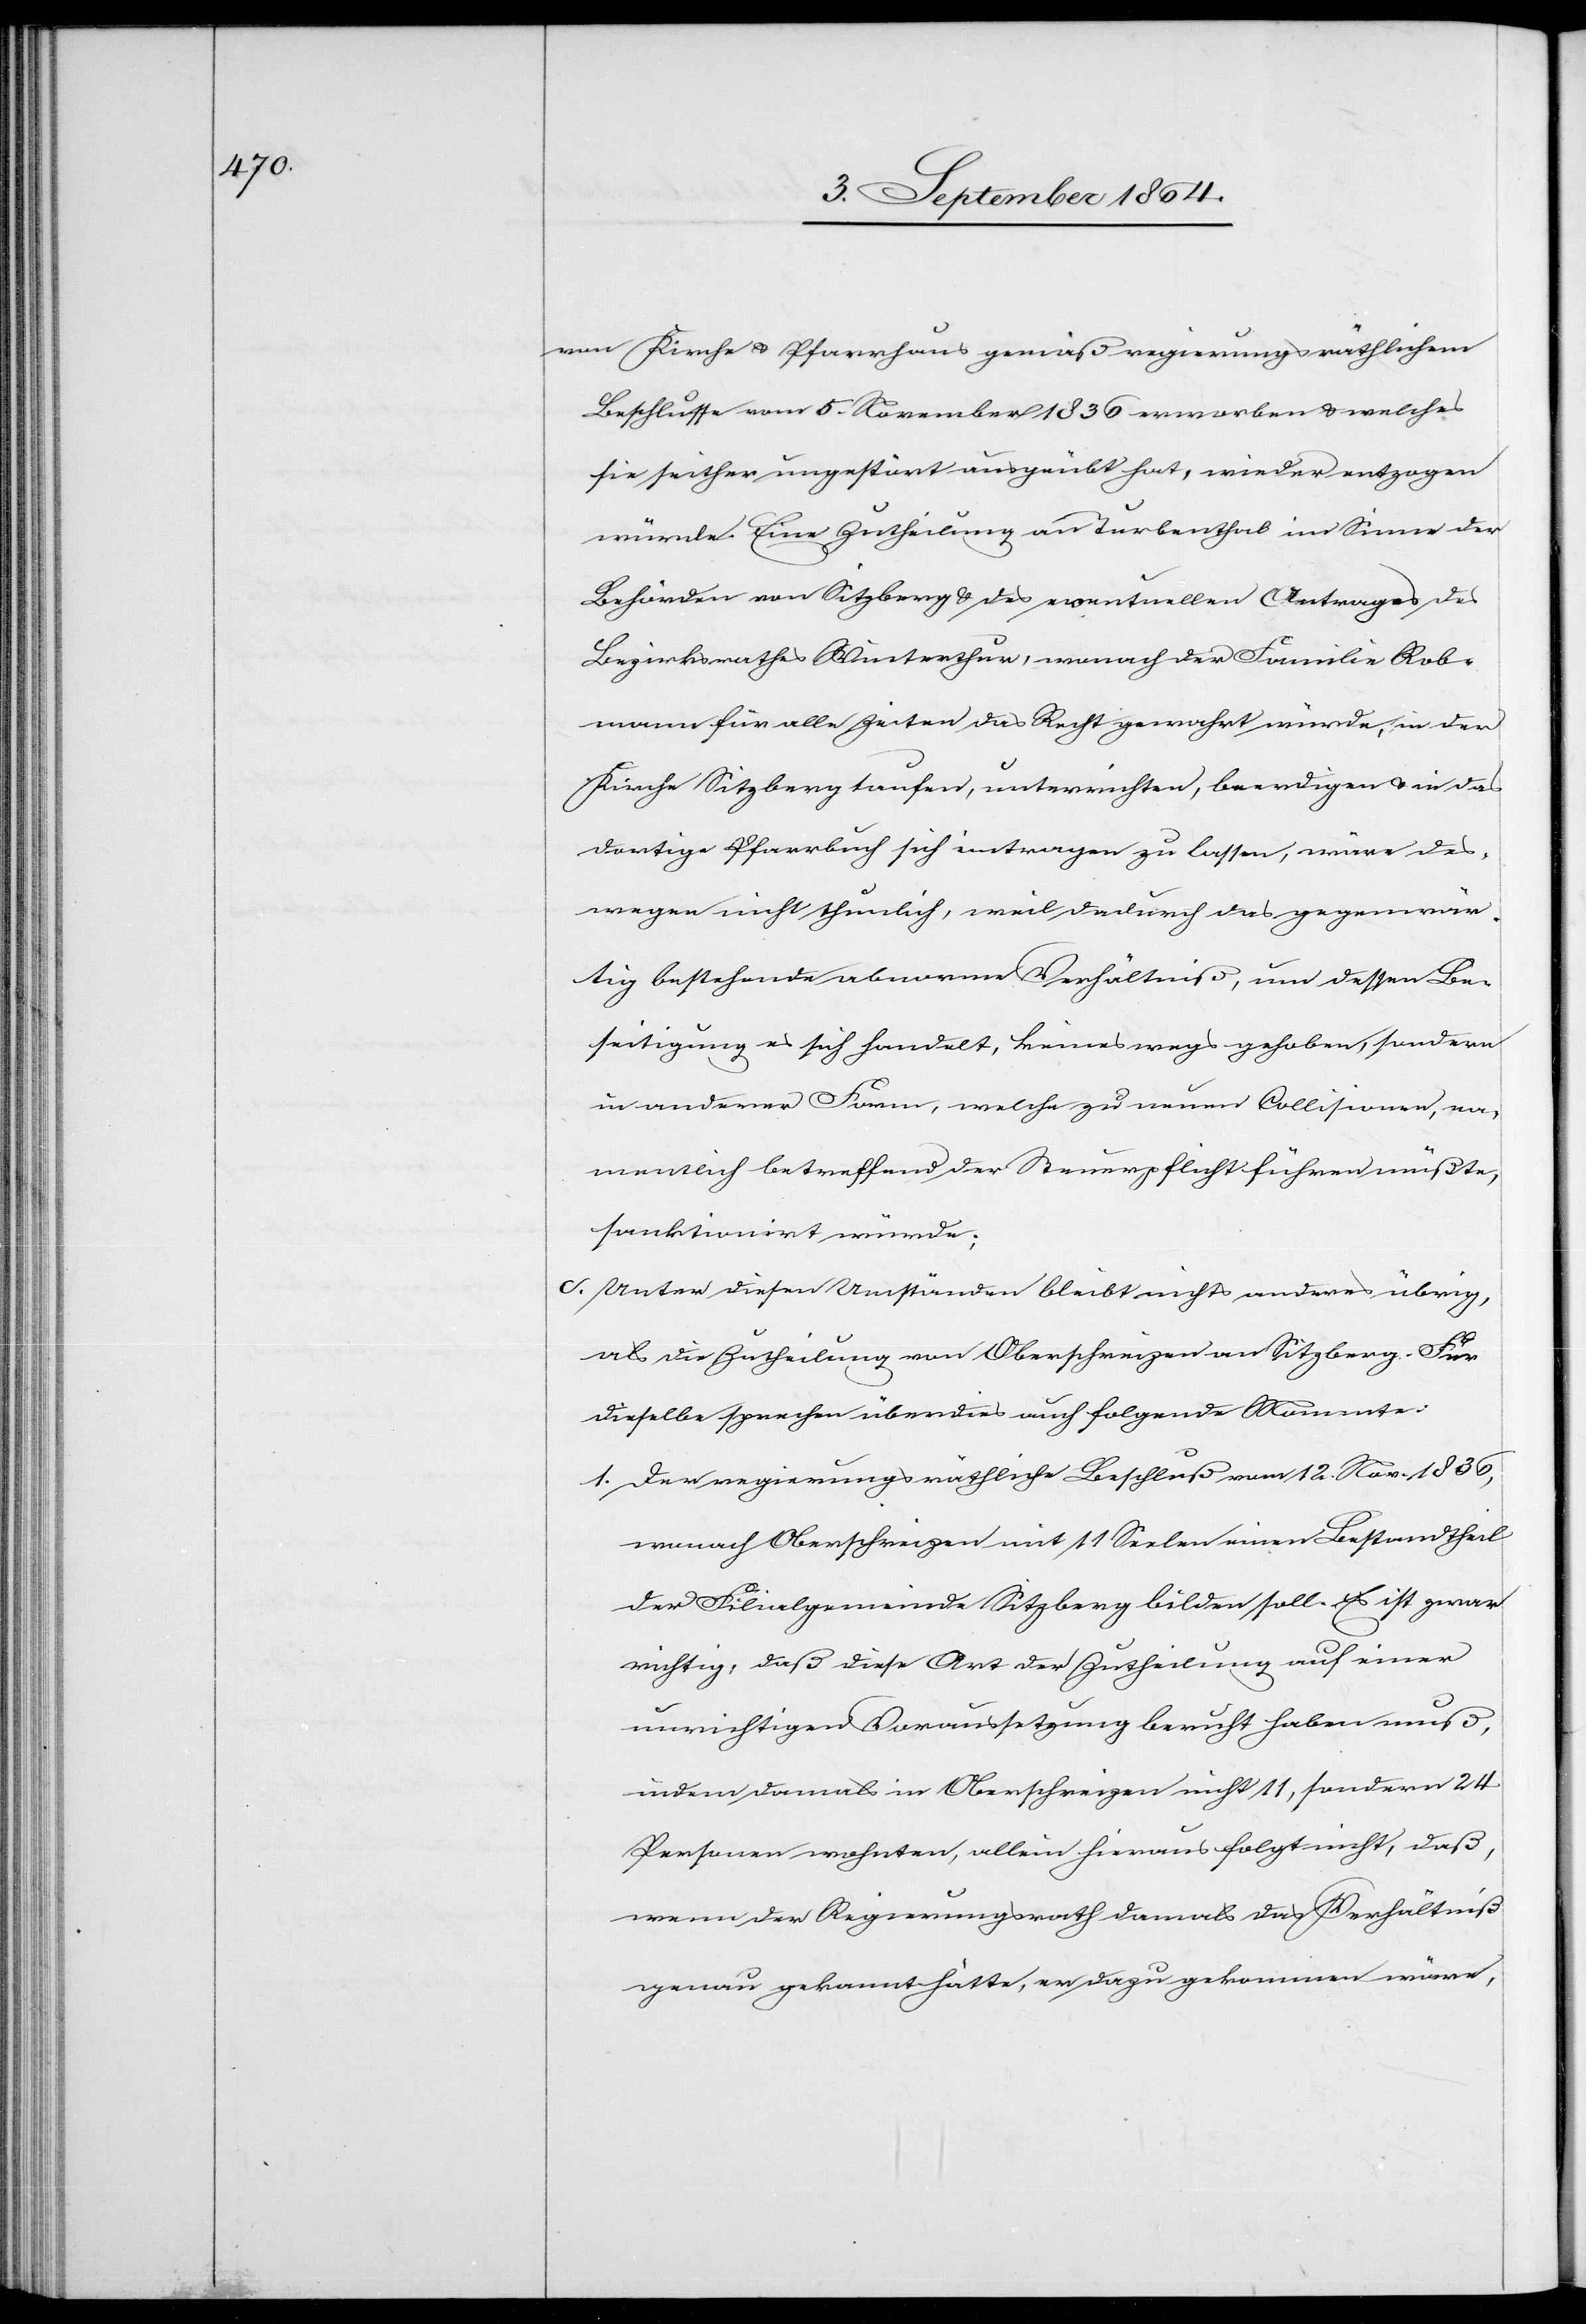
von Kirche & Pfarrhaus gemäß regierungsräthlichem
Beschlusse vom 5. November 1836 erworben & welches
sie seither ungestört ausgeübt hat, wieder entzogen
würde. Eine Zutheilung an Turbenthal im Sinne der
Behörden von Sitzberg & des eventuellen Antrages des
Bezirksrathes Winterthur, wonach der Familie Rob¬
mann für alle Zeiten das Recht gewahrt würde, in der
Kirche Sitzberg taufen, unterrichten, beerdigen & in das
dortige Pfarrbuch sich eintragen zu lassen, wäre des¬
wegen nicht thunlich, weil dadurch das gegenwär¬
tig bestehende abnorme Verhältniß, um dessen Be¬
seitigung es sich handelt, keineswegs gehoben, sondern
in anderer Form, welche zu neuen Collisionen, na¬
mentlich betreffend der Steuerpflicht führen müßte,
sanktionirt würde.
c)	Unter diesen Umständen bleibt nichts anderes übrig,
als die Zutheilung von Oberschreizen an Sitzberg. Für
dieselbe sprechen überdies auch folgende Momente:
1) Der regierungsräthliche Beschluß vom 12. Nov. 1836,
wonach Oberschreizen mit 11 Seelen einen Bestandtheil
der Filialgemeinde Sitzberg bilden soll. Es ist zwar
richtig, daß diese Art der Zutheilung auf einer
unrichtigen Voraussetzung beruht haben muß,
indem damals in Oberschreizen nicht 11, sondern 24
Personen wohnten, allein hieraus folgt nicht, daß,
wenn der Regierungsrath damals das Verhältniß
genau gekannt hätte, er dazu gekommen wäre,